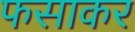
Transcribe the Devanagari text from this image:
फसाकर